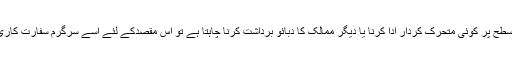
بالفاظ دیگر اگر کوئی ملک عالمی یا علاقائی سطح پر کوئی متحرک کردار ادا کرنا یا دیگر ممالک کا دبائو برداشت کرنا چاہتا ہے تو اس مقصدکے لئے اسے سرگرم سفارت کاری اور معاشی تعلقات کی اشد ضرورت ہو گی۔